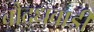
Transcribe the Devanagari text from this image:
बौद्धवाडी